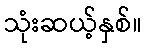
သုံးဆယ့်နှစ်။